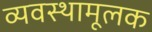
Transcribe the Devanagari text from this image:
व्यवस्थामूलक